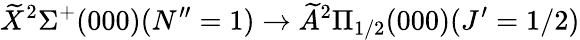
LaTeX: \widetilde{X}^{2}\Sigma^{+}(000)(N^{\prime\prime}=1)\rightarrow\widetilde{A}^{2}\Pi_{1/2}(000)(J^{\prime}=1/2)